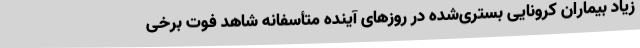
زیاد بیماران کرونایی بستری‌شده در روزهای آینده متأسفانه شاهد فوت برخی